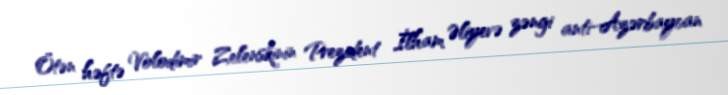
Ötən həftə Volodimir Zelenskinin Prezident İlham Əliyevə zəngi anti-Azərbaycan